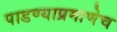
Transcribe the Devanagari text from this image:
पाडण्याप्रमाणेच